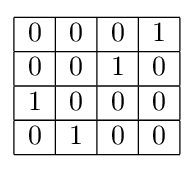
{\begin{array}{|c|c|c|c|}\hline 0&0&0&1\\\hline 0&0&1&0\\\hline 1&0&0&0\\\hline 0&1&0&0\\\hline \end{array}}